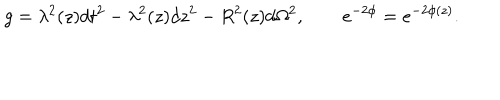
LaTeX: g = \lambda ^ { 2 } ( z ) d t ^ { 2 } - \lambda ^ { 2 } ( z ) d z ^ { 2 } - R ^ { 2 } ( z ) d \Omega ^ { 2 } , \qquad e ^ { - 2 \phi } = e ^ { - 2 \phi ( z ) } .